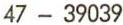
47 - 39039